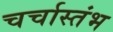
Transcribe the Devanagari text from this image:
चर्चास्तंभ